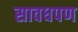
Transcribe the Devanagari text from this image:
सावधपण